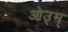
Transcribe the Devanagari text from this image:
ओउ्म्